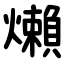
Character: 㸊